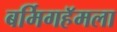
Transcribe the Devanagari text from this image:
बर्मिगहॅमला